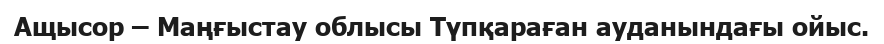
Ащысор – Маңғыстау облысы Түпқараған ауданындағы ойыс.